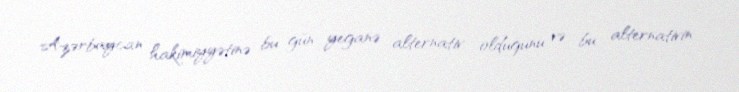
Azərbaycan hakimiyyətinə bu gün yeganə alternativ olduğunu və bu alternativin